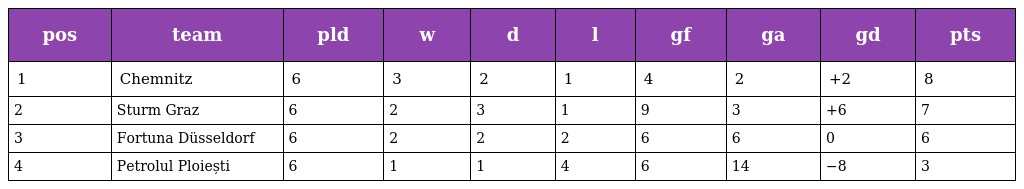
| pos | team | pld | w | d | l | gf | ga | gd | pts |
 | --- | --- | --- | --- | --- | --- | --- | --- | --- | --- |
 | 1 | Chemnitz | 6 | 3 | 2 | 1 | 4 | 2 | +2 | 8 |
 | 2 | Sturm Graz | 6 | 2 | 3 | 1 | 9 | 3 | +6 | 7 |
 | 3 | Fortuna Düsseldorf | 6 | 2 | 2 | 2 | 6 | 6 | 0 | 6 |
 | 4 | Petrolul Ploiești | 6 | 1 | 1 | 4 | 6 | 14 | −8 | 3 |